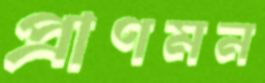
প্রাণমন